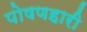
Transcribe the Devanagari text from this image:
पोषणहारी